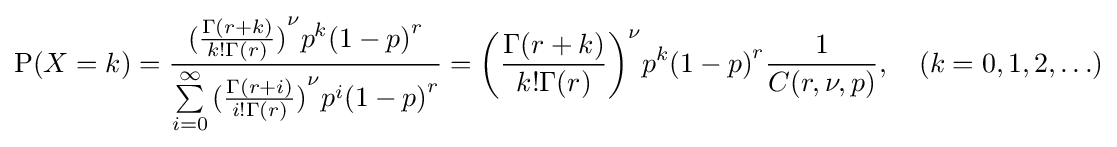
\mathrm {P} (X=k)={\frac {{{({\frac {\Gamma (r+k)}{k!\Gamma (r)}})}^{\nu }}{p^{k}}{{(1-p)}^{r}}}{\sum \limits _{i=0}^{\infty }{{({\frac {\Gamma (r+i)}{i!\Gamma (r)}})}^{\nu }}{p^{i}}{{(1-p)}^{r}}}}={{\left({\frac {\Gamma (r+k)}{k!\Gamma (r)}}\right)}^{\nu }}{{p^{k}}{{(1-p)}^{r}}}{\frac {1}{C(r,\nu ,p)}},\quad (k=0,1,2,\ldots )